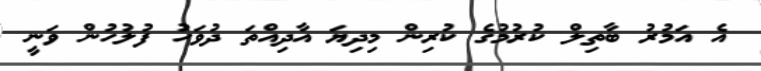
އެ އަމުރު ބާތިލް ކުރުމުގެ ކުރިން މިދިޔަ އާދިއްތަ ދުވަހު ފުލުހުން ވަނީ